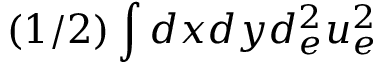
( 1 / 2 ) \int d x d y d _ { e } ^ { 2 } u _ { e } ^ { 2 }